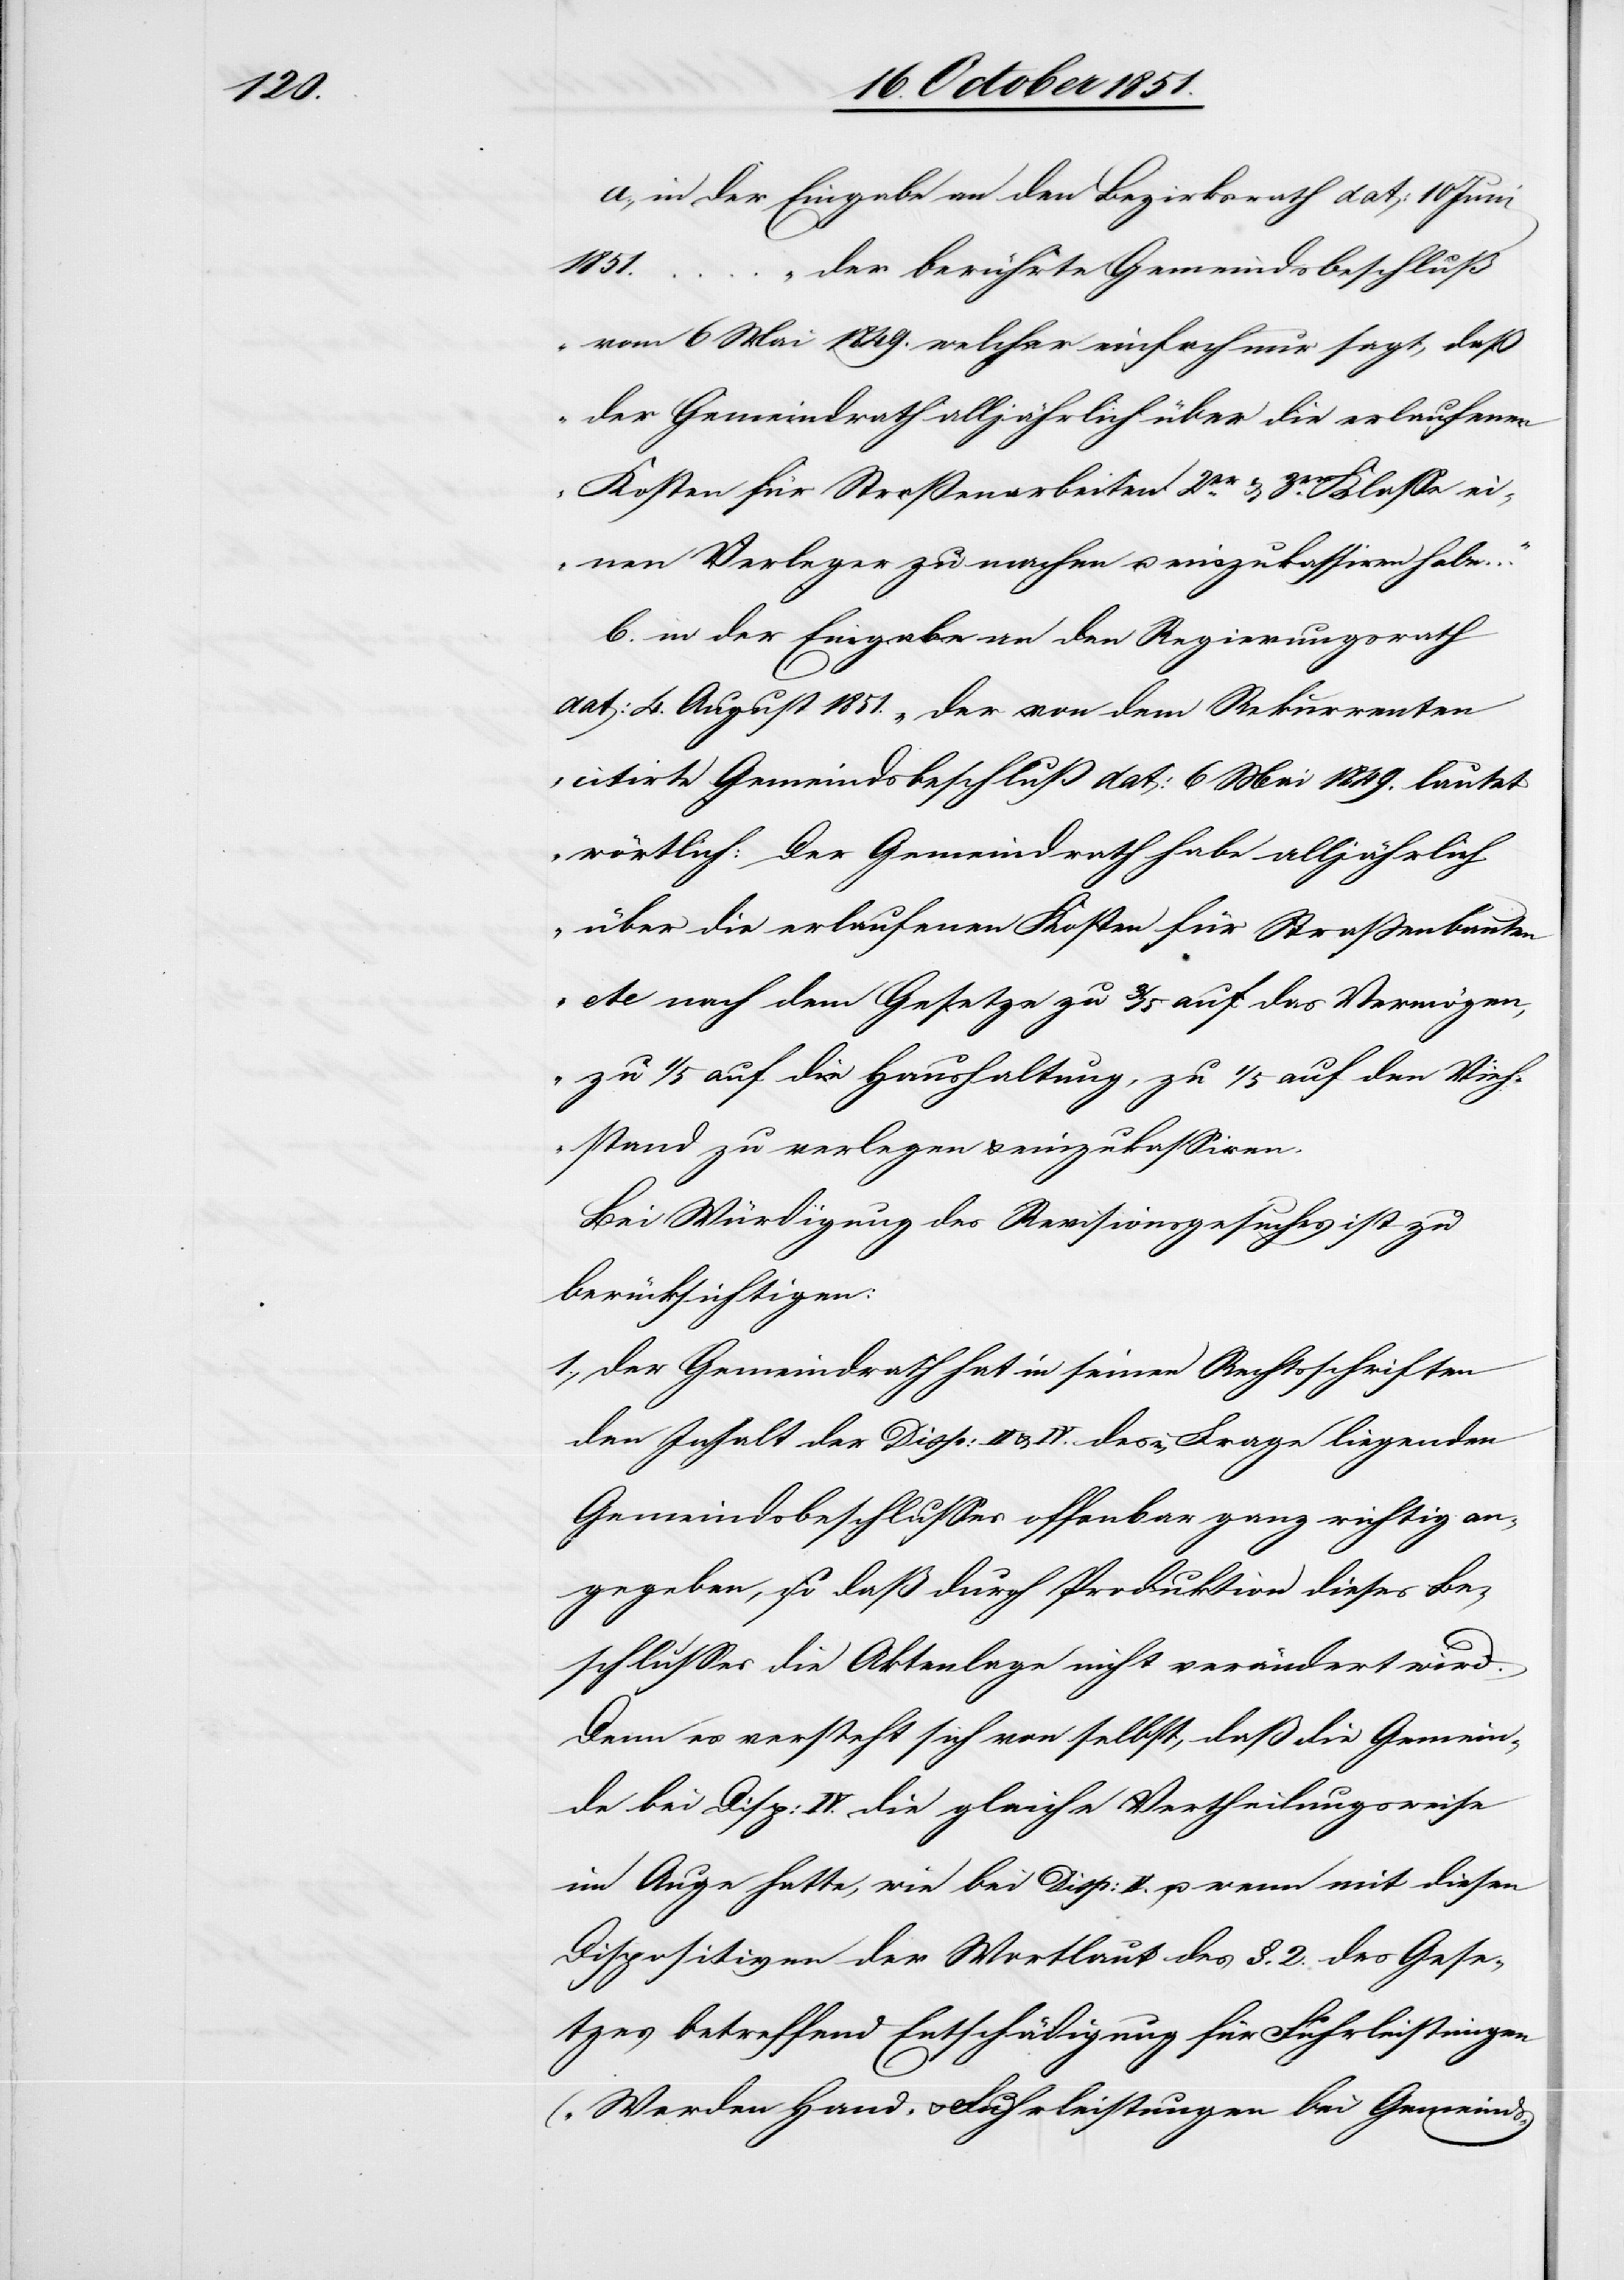
a., in der Eingabe an den Bezirksrath dat: 10 Juni
…
„der berührte Gemeindsbeschluß
vom 6 Mai 1849. welcher einfach nur sagt, daß
der Gemeindrath alljährlich über die erlaufenen
Kosten für Straßenarbeiten 2er. & 3er. Klasse ei¬
nen Verleger zu machen u. einzukassiren habe …“
b. in der Eingabe an den Regierungsrath
dat: 4. August 1851. „der von dem Rekurrenten
citirte Gemeindsbeschluß dat: 6 Mai 1849. lautet
wörtlich: Der Gemeindrath habe alljährlich
über die erlaufenen Kosten für Straßenbauten
etc nach dem Gesetze zu 3/5 auf das Vermögen
zu 1/5 auf die Haushaltung, zu 1/5 auf den Vieh¬
stand zu verlegen & einzukassiren.[“]
Bei Würdigung des Revisionsgesuches ist zu
berücksichtigen:
1., der Gemeindrath hat in seinen Rechtsschriften
den Inhalt der Disp: II & IV. des in Frage liegenden
Gemeindsbeschlusses offenbar ganz richtig an¬
gegeben, so daß durch Produktion dieses Be¬
schlusses die Aktenlage nicht verändert wird.
Denn es versteht sich von selbst, daß die Gemein¬
de bei Disp: IV. die gleiche Vertheilungsweise
im Auge hatte, wie bei Disp: II. u. wenn mit diesen
Dispositiven der Wortlaut des §. 2. des Gese¬
tzes betreffend Entschädigung für Fuhrleistungen
(„Werden Hand- & Fuhrleistungen bei Gemeinds-